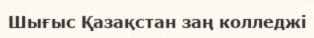
Шығыс Қазақстан заң колледжі